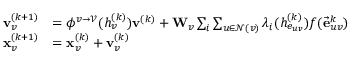
\begin{array} { r l } { \mathbf { v } _ { v } ^ { ( k + 1 ) } } & { = \phi ^ { v \rightarrow \mathcal { V } } ( h _ { v } ^ { ( k ) } ) \mathbf { v } ^ { ( k ) } + \mathbf { W } _ { v } \sum _ { i } \sum _ { u \in \mathcal { N } ( v ) } \lambda _ { i } ( h _ { e _ { u v } } ^ { ( k ) } ) f ( \vec { \mathbf { e } } _ { u v } ^ { k } ) } \\ { \mathbf { x } _ { v } ^ { ( k + 1 ) } } & { = \mathbf { x } _ { v } ^ { ( k ) } + \mathbf { v } _ { v } ^ { ( k ) } } \end{array}